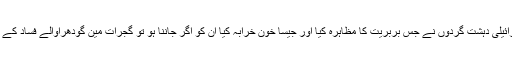
ایک بات تو رہ گئی ’ڈیریاسین مین اسرائیلی دہشت گردوں نے جس بربریت کا مظاہرہ کیا اور جیسا خون خرابہ کیا ان کو اگر جاننا ہو تو گجرات مین گودھراوالے فساد کے دوران جو ہوا تھا اس کو یاد کرلیجئے۔